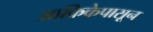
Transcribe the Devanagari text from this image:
आफ्रिकेपासून